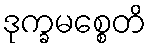
ဒုက္ခမစ္စေတိ